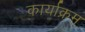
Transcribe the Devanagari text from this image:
कार्याक्रम